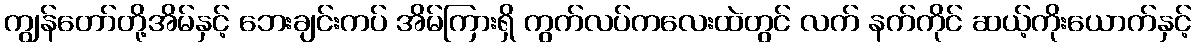
ကျွန်တော်တို့အိမ်နှင့် ဘေးချင်းကပ် အိမ်ကြားရှိ ကွက်လပ်ကလေးထဲတွင် လက် နက်ကိုင် ဆယ့်ကိုးယောက်နှင့်